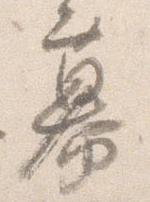
幕